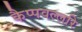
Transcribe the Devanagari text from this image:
कैप्पवल्लरि